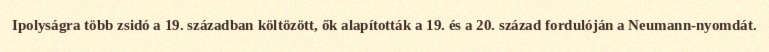
Ipolyságra több zsidó a 19. században költözött, ők alapították a 19. és a 20. század fordulóján a Neumann-nyomdát.